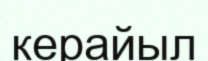
керайыл